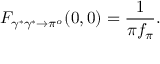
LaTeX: F _ { \gamma ^ { * } \gamma ^ { * } \to \pi ^ { o } } ( 0 , 0 ) = { \frac { 1 } { \pi f _ { \pi } } } .